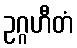
ဥဂ္ဂဟီတံ